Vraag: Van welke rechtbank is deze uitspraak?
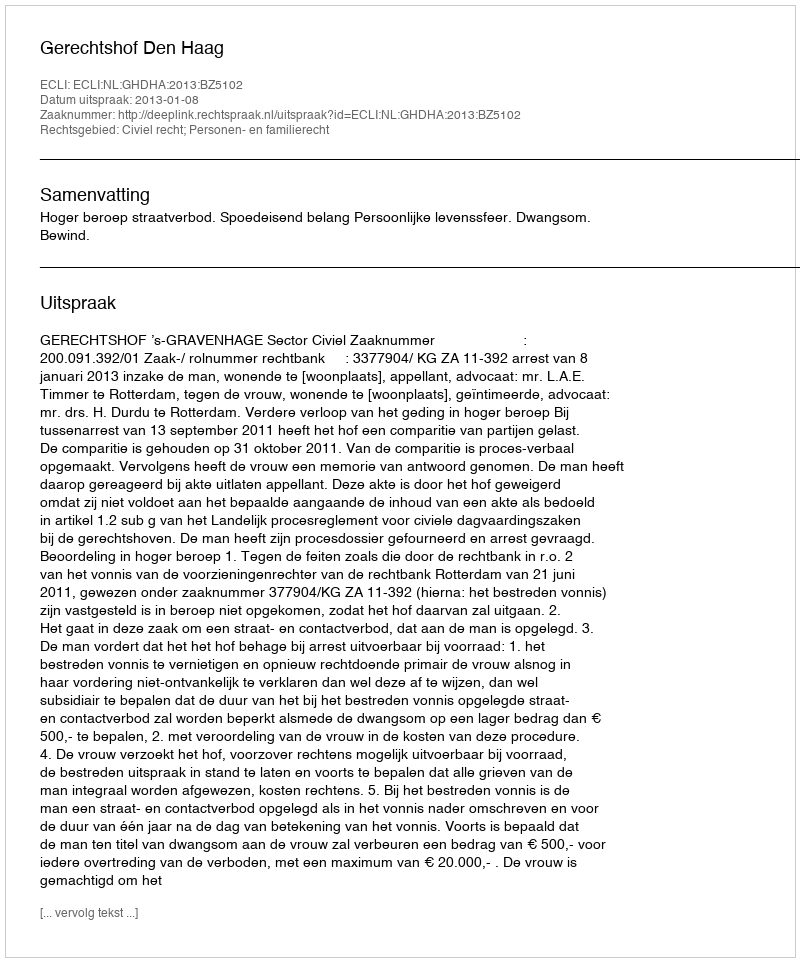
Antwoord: Gerechtshof Den Haag